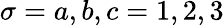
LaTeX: \sigma=a,b,c=1,2,3